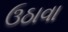
ઉઠાવા